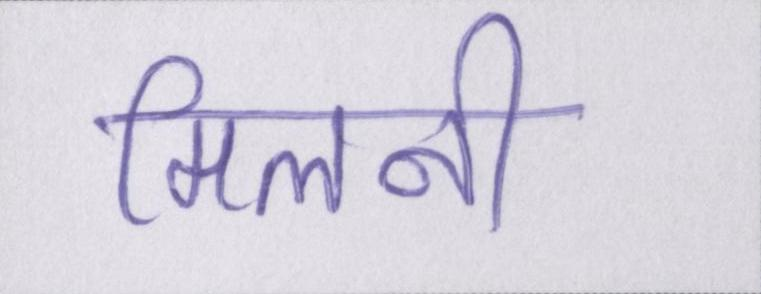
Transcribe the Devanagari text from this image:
मिलनी